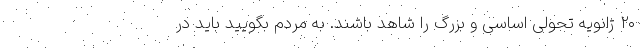
۲۰ ژانویه تحولی اساسی و بزرگ را شاهد باشند. به مردم بگویید باید در